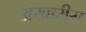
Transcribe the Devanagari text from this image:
अखारीस